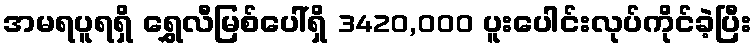
အမရပူရရှိ ရွှေလီမြစ်ပေါ်ရှိ 3420,000 ပူးပေါင်းလုပ်ကိုင်ခဲ့ပြီး